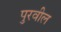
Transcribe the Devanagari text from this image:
पुरवील